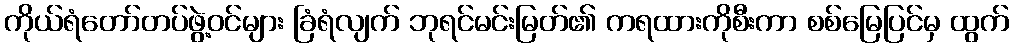
ကိုယ်ရံတော်တပ်ဖွဲ့ဝင်များ ခြံရံလျက် ဘုရင်မင်းမြတ်၏ ကရထားကိုစီးကာ စစ်မြေပြင်မှ ထွက်